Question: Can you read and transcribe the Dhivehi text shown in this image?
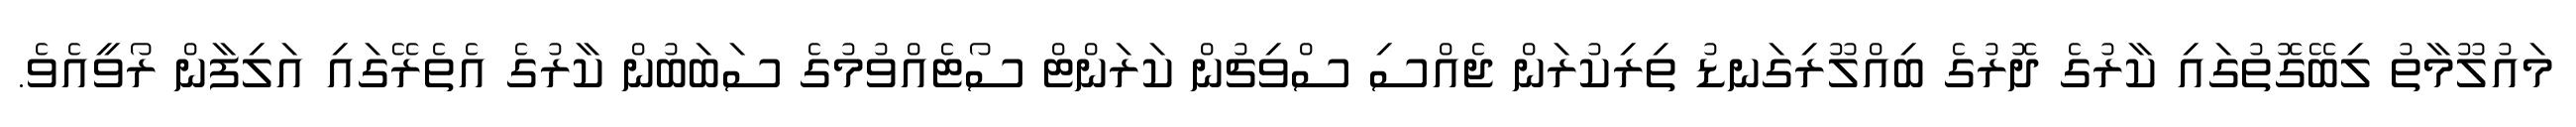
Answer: މައުލޫމާތު ލިބޭގޮތުގައި ކާރުގެ ދޮރުގެ ބިއްލޫރިގަނޑު ތިރިކުރަން ޖެއްސި ސްވިޗުން ކަރަންޓް ސޯޓެއްވުމުގެ ސަބަބުން ކާރުގެ އެތެރޭގައި އަލިފާން ރޯވީއެވެ.